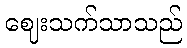
ဈေးသက်သာသည်